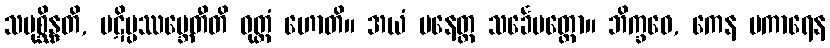
သမုစ္ဆိန္ဒတိ, ပဋိပ္ပဿမ္ဘေတီတိ ဝုတ္တံ ဟောတိ။ အယံ ပနေတ္ထ သင်္ခေပတ္ထော။ ဘိက္ခဝေ, ကေန ပကာရေန